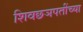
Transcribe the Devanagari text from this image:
शिवछञपतींच्या